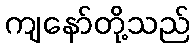
ကျနော်တို့သည်